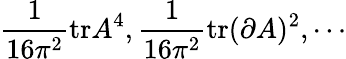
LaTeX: \frac{1}{16\pi^{2}}\mathrm{tr}A^{4},\frac{1}{16\pi^{2}}\mathrm{tr}(\partial A)^{2},\cdots